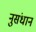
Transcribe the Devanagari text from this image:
नुसंधान